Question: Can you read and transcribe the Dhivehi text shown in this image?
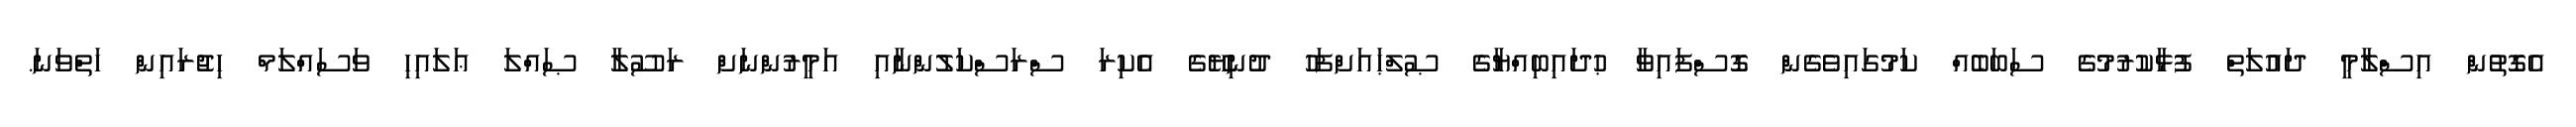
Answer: އެގޮތުން އިސްލާމީ ދައުލަތް ފުޅާކުރުމުގެ ސަބަބެއް ކަމުގައިވެގެން ގޮސްފައިވާ ޙުދައިބިއްޔާގެ ޞުލްޙައަށްފަހު ދުނިޔޭގެ އެކިރަ ސްރަސްކަލުންނާއި އަމީރުންނަށް ރަސޫލާ ޞައްލަ ޢަލައިހި ވަސައްލަމް ހިޖުރައިން ހަތްވަނަ.